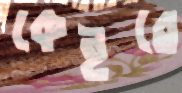
কেইরে